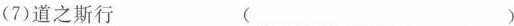
(7)道之斯行 ( )